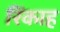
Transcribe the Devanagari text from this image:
रिंकाह